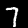
Label: 7